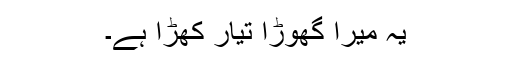
یہ میرا گھوڑا تیار کھڑا ہے۔